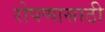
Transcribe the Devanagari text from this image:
रोपणासाठी